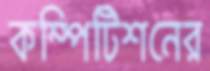
কম্পিটিশনের